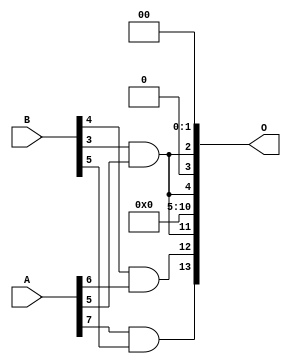
// This program was cloned from: https://github.com/ehw-fit/evoapproxlib
// License: MIT License

/***
* This code is a part of EvoApproxLib library (ehw.fit.vutbr.cz/approxlib) distributed under The MIT License.
* When used, please cite the following article(s): V. Mrazek, L. Sekanina, Z. Vasicek "Libraries of Approximate Circuits: Automated Design and Application in CNN Accelerators" IEEE Journal on Emerging and Selected Topics in Circuits and Systems, Vol 10, No 4, 2020 
* This file contains a circuit from a sub-set of pareto optimal circuits with respect to the pwr and wce parameters
***/
// MAE% = 7.98 %
// MAE = 1308 
// WCE% = 30.23 %
// WCE = 4953 
// WCRE% = 707.81 %
// EP% = 98.02 %
// MRE% = 64.72 %
// MSE = 29431.077e2 
// PDK45_PWR = 0.00089 mW
// PDK45_AREA = 7.0 um2
// PDK45_DELAY = 0.04 ns

module mul8x6u_045 (
    A,
    B,
    O
);

input [7:0] A;
input [5:0] B;
output [13:0] O;

wire sig_203,sig_285,sig_292;

assign sig_203 = B[4] & A[6];
assign sig_285 = B[3] & A[5];
assign sig_292 = A[7] & B[5];

assign O[13] = sig_292;
assign O[12] = sig_203;
assign O[11] = sig_285;
assign O[10] = 1'b0;
assign O[9] = 1'b0;
assign O[8] = 1'b0;
assign O[7] = 1'b0;
assign O[6] = 1'b0;
assign O[5] = 1'b0;
assign O[4] = sig_285;
assign O[3] = 1'b0;
assign O[2] = sig_285;
assign O[1] = 1'b0;
assign O[0] = 1'b0;

endmodule